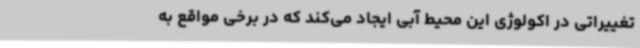
تغییراتی در اکولوژی این محیط آبی ایجاد می‌کند که در برخی مواقع به